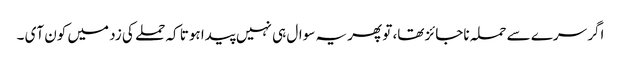
اگر سرے سے حملہ ناجائز تھا، تو پھر یہ سوال ہی نہیں پیدا ہوتا کہ حملے کی زد میں کون آی ۔